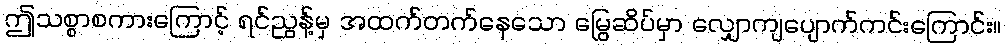
ဤသစ္စာစကားကြောင့် ရင်ညွန့်မှ အထက်တက်နေသော မြွေဆိပ်မှာ လျှောကျပျောက်ကင်းကြောင်း။